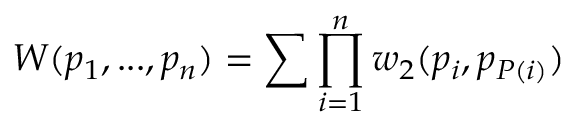
W ( p _ { 1 } , . . . , p _ { n } ) = \sum \prod _ { i = 1 } ^ { n } w _ { 2 } ( p _ { i } , p _ { P ( i ) } )